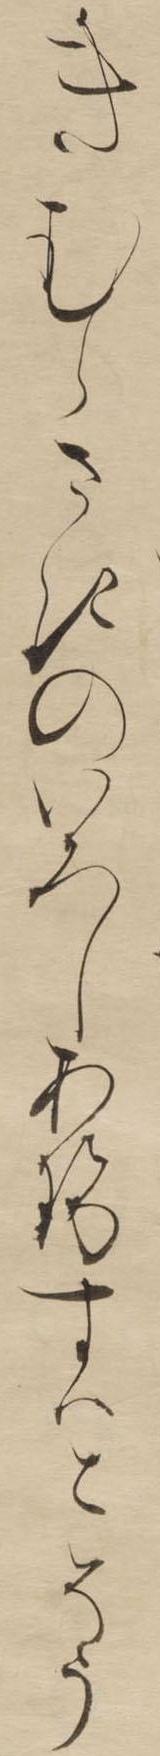
きむらさきのいろしあせすはとそう